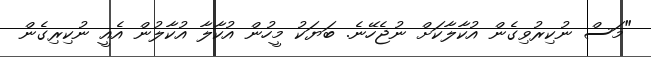
"މަސް ނުކިރުވިގެން އުކާލާކަށް ނުޖެހޭނެ. ބަޔަކު މީހުން އުކާލާ އުކާލުން އެއީ ނުކިރިގެން